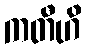
ကတီဟိ